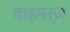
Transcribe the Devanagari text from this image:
डाइनर्ज़